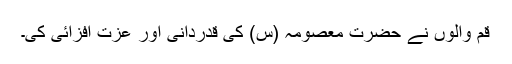
قم والوں نے حضرت معصومہ (س) کی قدردانی اور عزت افزائی کی۔